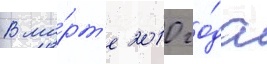
В ма́рт'е 2010 го́да